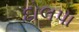
દોલપા